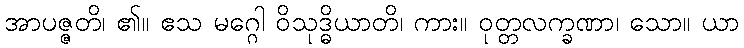
အာပဇ္ဇတိ၊ ၏။ ဧသ မဂ္ဂေါ ဝိသုဒ္ဓိယာတိ၊ ကား။ ဝုတ္တလက္ခဏာ၊ သော။ ယာ